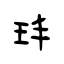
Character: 玤